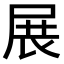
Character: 展